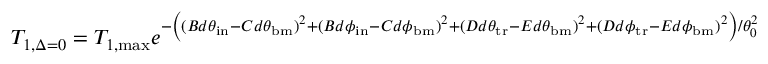
T _ { 1 , \Delta = 0 } = T _ { 1 , \mathrm { m a x } } e ^ { - \left( ( B d \theta _ { \mathrm { i n } } - C d \theta _ { \mathrm { b m } } ) ^ { 2 } + ( B d \phi _ { \mathrm { i n } } - C d \phi _ { \mathrm { b m } } ) ^ { 2 } + ( D d \theta _ { \mathrm { t r } } - E d \theta _ { \mathrm { b m } } ) ^ { 2 } + ( D d \phi _ { \mathrm { t r } } - E d \phi _ { \mathrm { b m } } ) ^ { 2 } \right) / \theta _ { 0 } ^ { 2 } } ,